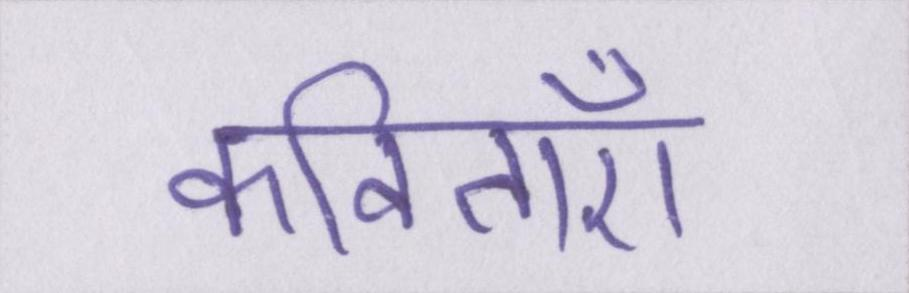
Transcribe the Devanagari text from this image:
कविताएँ